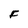
Character: F